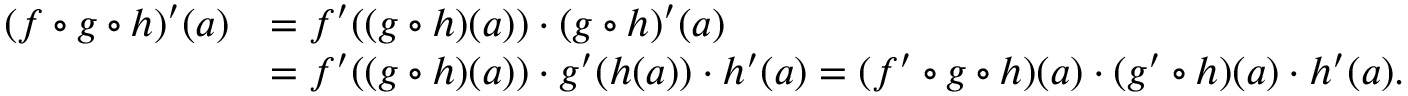
{ \begin{array} { r l } { ( f \circ g \circ h ) ^ { \prime } ( a ) } & { = f ^ { \prime } ( ( g \circ h ) ( a ) ) \cdot ( g \circ h ) ^ { \prime } ( a ) } \\ & { = f ^ { \prime } ( ( g \circ h ) ( a ) ) \cdot g ^ { \prime } ( h ( a ) ) \cdot h ^ { \prime } ( a ) = ( f ^ { \prime } \circ g \circ h ) ( a ) \cdot ( g ^ { \prime } \circ h ) ( a ) \cdot h ^ { \prime } ( a ) . } \end{array} }